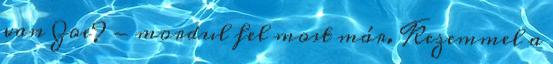
van Zoe? - mordul fel most már. Kezemmel a